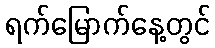
ရက်မြောက်နေ့တွင်